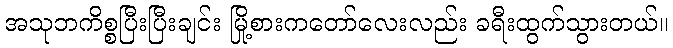
အသုဘကိစ္စပြီးပြီးချင်း မြို့စားကတော်လေးလည်း ခရီးထွက်သွားတယ်။